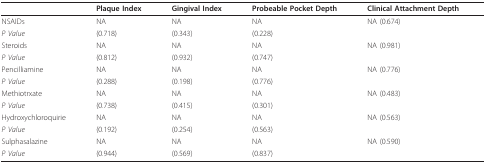
<table><thead><tr><td>[EMPTY_CELL]</td><td><b>Plaque Index</b></td><td><b>Gingival Index</b></td><td><b>Probeable Pocket Depth</b></td><td><b>Clinical Attachment Depth</b></td></tr></thead><tbody><tr><td>NSAIDs</td><td>NA</td><td>NA</td><td>NA</td><td>NA (0.674)</td></tr><tr><td><i>P Value</i></td><td>(0.718)</td><td>(0.343)</td><td>(0.228)</td><td>[EMPTY_CELL]</td></tr><tr><td>Steroids</td><td>NA</td><td>NA</td><td>NA</td><td>NA (0.981)</td></tr><tr><td><i>P Value</i></td><td>(0.812)</td><td>(0.932)</td><td>(0.747)</td><td>[EMPTY_CELL]</td></tr><tr><td>Pencilliamine</td><td>NA</td><td>NA</td><td>NA</td><td>NA (0.776)</td></tr><tr><td><i>P Value</i></td><td>(0.288)</td><td>(0.198)</td><td>(0.776)</td><td>[EMPTY_CELL]</td></tr><tr><td>Methiotrxate</td><td>NA</td><td>NA</td><td>NA</td><td>NA (0.483)</td></tr><tr><td><i>P Value</i></td><td>(0.738)</td><td>(0.415)</td><td>(0.301)</td><td>[EMPTY_CELL]</td></tr><tr><td>Hydroxychloroquirie</td><td>NA</td><td>NA</td><td>NA</td><td>NA (0.563)</td></tr><tr><td><i>P Value</i></td><td>(0.192)</td><td>(0.254)</td><td>(0.563)</td><td>[EMPTY_CELL]</td></tr><tr><td>Sulphasalazine</td><td>NA</td><td>NA</td><td>NA</td><td>NA (0.590)</td></tr><tr><td><i>P Value</i></td><td>(0.944)</td><td>(0.569)</td><td>(0.837)</td><td>[EMPTY_CELL]</td></tr></tbody></table>